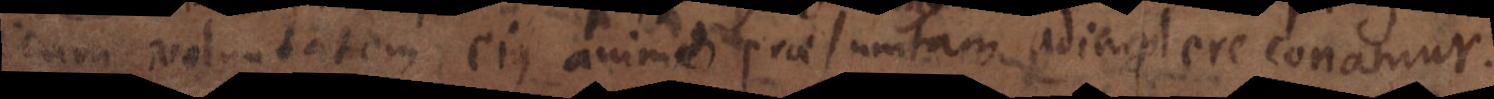
cum voluntatem ejus animo praesumtam adimplere conamur.